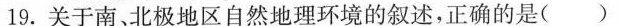
19.关于南。北极地区自然地理环境的叙述，正确的是( )